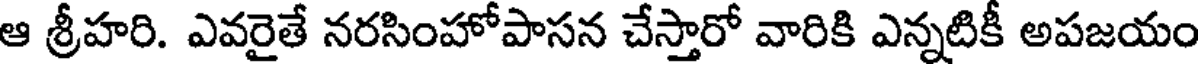
ఆ శ్రీహరి. ఎవరైతే నరసింహోపాసన చేస్తారో వారికి ఎన్నటికీ అపజయం